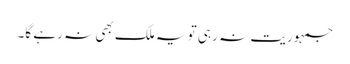
جمہوریت نہ رہی تو یہ ملک بھی نہ رہے گا۔